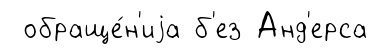
обраще́н'иjа б'ез Анд'ерса